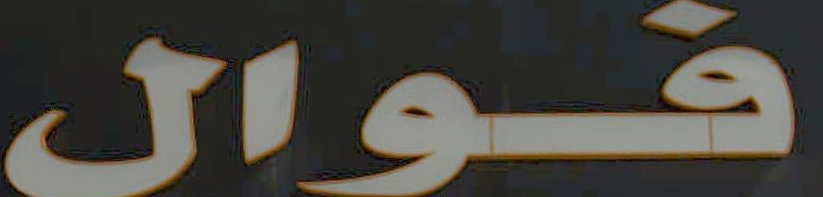
فوال